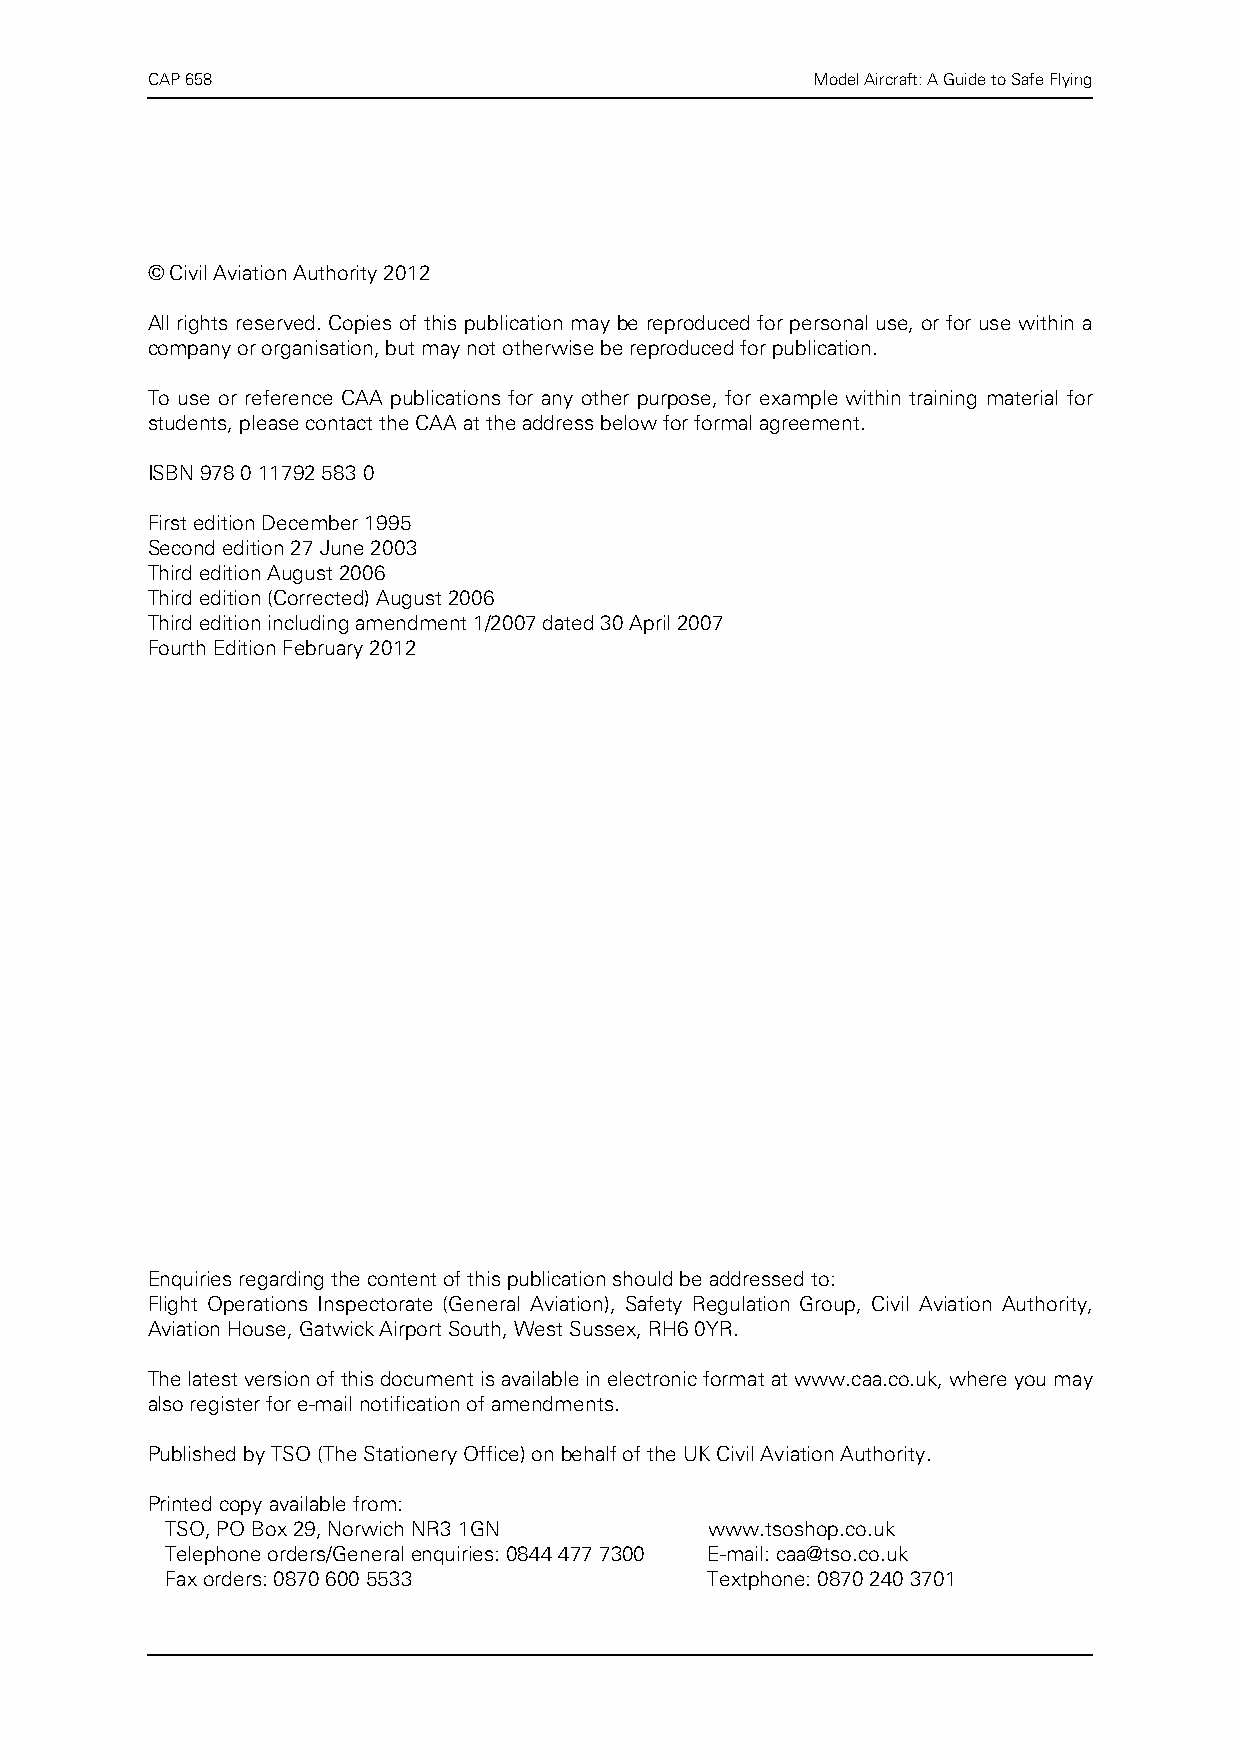
CAP 658                                     Model Aircraft: A Guide to Safe Flying
 © Civil Aviation Authority 2012
 All rights reserved. Copies of this publication may be reproduced for personal use, or for use within a
 company or organisation, but may not otherwise be reproduced for publication.
 To use or reference CAA publications for any other purpose, for example within training material for
 students, please contact the CAA at the address below for formal agreement.
 ISBN 978 0 11792 583 0
 First edition December 1995
 Second edition 27 June 2003
 Third edition August 2006
 Third edition (Corrected) August 2006
 Third edition including amendment 1/2007 dated 30 April 2007
 Fourth Edition February 2012
 Enquiries regarding the content of this publication should be addressed to:
 Flight Operations Inspectorate (General Aviation), Safety Regulation Group, Civil Aviation Authority,
 Aviation House, Gatwick Airport South, West Sussex, RH6 0YR.
 The latest version of this document is available in electronic format at www.caa.co.uk, where you may
 also register for e-mail notification of amendments.
 Published by TSO (The Stationery Office) on behalf of the UK Civil Aviation Authority.
 Printed copy available from:
 TSO, PO Box 29, Norwich NR3 1GN     www.tsoshop.co.uk
 Telephone orders/General enquiries: 0844 477 7300 E-mail: caa@tso.co.uk
 Fax orders: 0870 600 5533           Textphone: 0870 240 3701